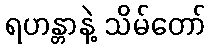
ရဟန္တာနဲ့ သိမ်တော်